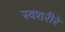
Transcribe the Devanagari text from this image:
स्वशरीरे